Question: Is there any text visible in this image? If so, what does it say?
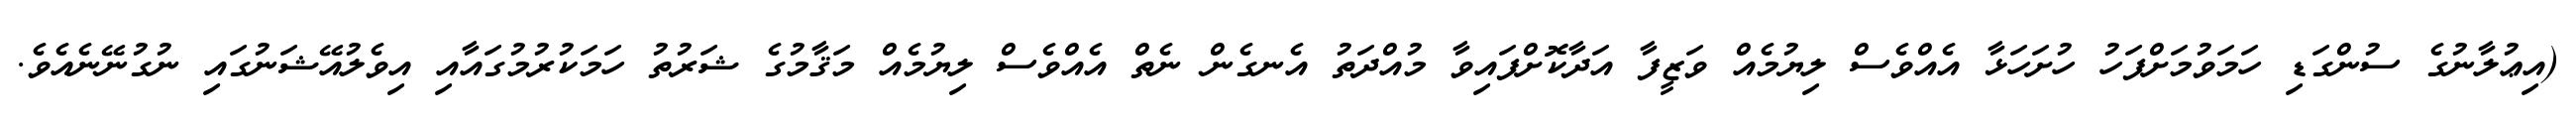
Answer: (އިޢުލާނުގެ ސުންގަޑި ހަމަވުމަށްފަހު ހުށަހަޅާ އެއްވެސް ލިޔުމެއް ވަޒީފާ އަދާކޮށްފައިވާ މުއްދަތު އެނގެން ނެތް އެއްވެސް ލިޔުމެއް މަޤާމުގެ ޝަރުތު ހަމަކުރުމުގައާއި އިވެލުއޭޝަނުގައި ނުގުނޭނެއެވެ.